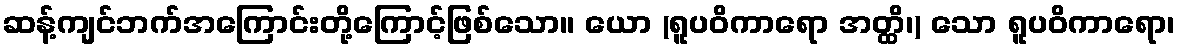
ဆန့်ကျင်ဘက်အကြောင်းတို့ကြောင့်ဖြစ်သော။ ယော (ရူပဝိကာရော အတ္ထိ၊) သော ရူပဝိကာရော၊